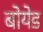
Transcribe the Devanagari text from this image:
बोयेड